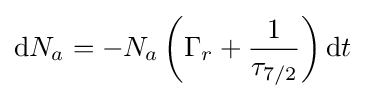
\mathrm {d} N_{a}=-N_{a}\left(\Gamma _{r}+{\frac {1}{\tau _{7/2}}}\right)\mathrm {d} t